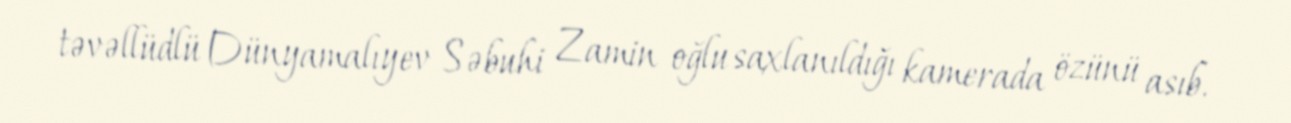
təvəllüdlü Dünyamalıyev Səbuhi Zamin oğlu saxlanıldığı kamerada özünü asıb.